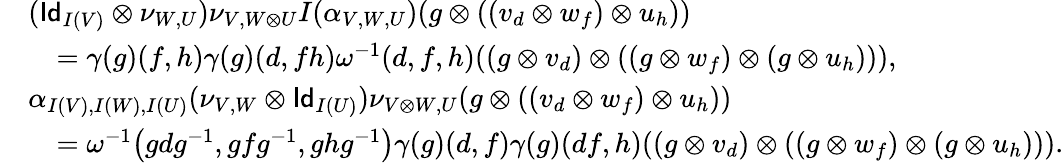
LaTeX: \begin{array}{rl}&{(\mathsf{Id}_{I(V)}\otimes\nu_{W,U})\nu_{V,W\otimes U}I(\alpha_{V,W,U})(g\otimes((v_{d}\otimes w_{f})\otimes u_{h}))}\\ &{\quad=\gamma(g)(f,h)\gamma(g)(d,fh)\omega^{-1}(d,f,h)((g\otimes v_{d})\otimes((g\otimes w_{f})\otimes(g\otimes u_{h}))),}\\ &{\alpha_{I(V),I(W),I(U)}(\nu_{V,W}\otimes\mathsf{Id}_{I(U)})\nu_{V\otimes W,U}(g\otimes((v_{d}\otimes w_{f})\otimes u_{h}))}\\ &{\quad=\omega^{-1}\big(gdg^{-1},gfg^{-1},ghg^{-1}\big)\gamma(g)(d,f)\gamma(g)(df,h)((g\otimes v_{d})\otimes((g\otimes w_{f})\otimes(g\otimes u_{h}))).}\end{array}